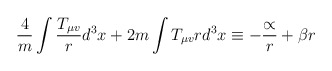
\begin{align*}\frac{4}{m} \int \frac{T_{\mu v}}{r} d^3 x + 2m \int T_{\mu v} r d^3x \equiv-\frac{\propto}{r} + \beta r\end{align*}